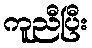
ကူညီပြီး